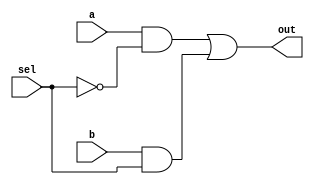
module datta(a,b,sel,out);

	input a,b;
	input sel;
	output out;
	wire sel_a,sel_b,sel_n;
	not(sel_n,sel);
	and(sel_a,a,sel_n);
	and(sel_b,b,sel);
	or(out,sel_a,sel_b);

endmodule